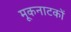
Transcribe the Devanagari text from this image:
मूकनाटकों